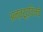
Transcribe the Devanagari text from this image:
अन्वरूद्दिनचे